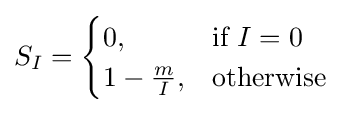
S_{I}={\begin{cases}0,&{\text{if }}I=0\\1-{\frac {m}{I}},&{\text{otherwise}}\end{cases}}